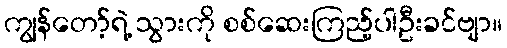
ကျွန်တော့်ရဲ့ သွားကို စစ်ဆေးကြည့်ပါဦးခင်ဗျာ။